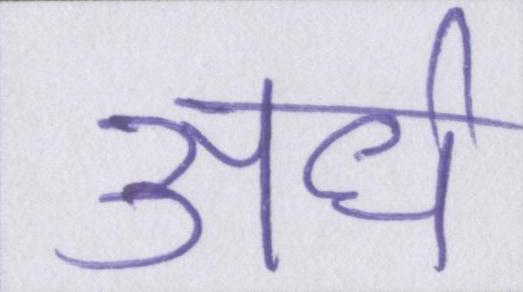
अर्ध